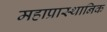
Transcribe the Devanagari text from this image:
महाप्रास्थानिक